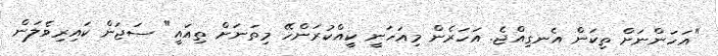
"އަހަންނަށް ތިކަން އެނގިއްޖެ. އަހަރެން މިއަހަނީ ކީއްކުރަންހޭ މިތަނަށް ތިއައީ" ސަޖަން ކައިރިވެލަން